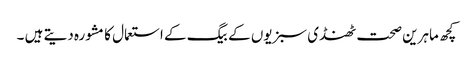
کچھ ماہرین صحت ٹھنڈی سبزیوں کے بیگ کے استعمال کامشورہ دیتے ہیں ۔